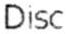
DISC